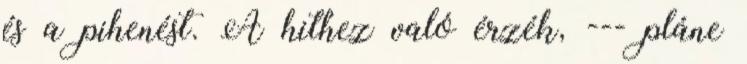
és a pihenést. A hithez való érzék, --- pláne